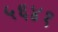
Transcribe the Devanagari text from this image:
५६४१